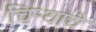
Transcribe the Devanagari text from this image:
चिऱ्याचे